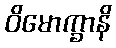
ဝိမောက္ခာနိ